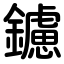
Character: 鑢